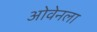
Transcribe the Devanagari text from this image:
ओवेनला